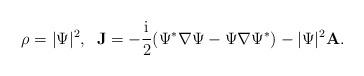
LaTeX: \begin{align*}\rho = |\Psi|^{2},\;\; \mathbf{J} = -\frac{\mathrm{i}}{2}(\Psi^{*}\nabla{\Psi}-\Psi\nabla{\Psi}^{*}) - |\Psi|^{2}\mathbf{A}.\end{align*}